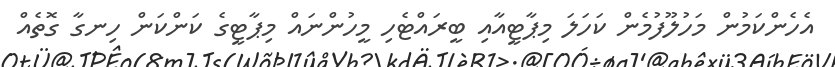
އެހެންކަމުން މަހުލޫފުމެން ކަހަލަ މިޕާޓީއާއި ބީރައްޓެހި މީހުންނައް މިޕާޓީގެ ކަންކަން ހިނގާ ގޮތެއް